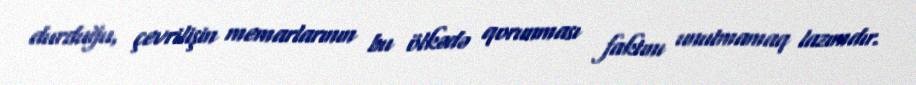
durduğu, çevrilişin memarlarının bu ölkədə qorunması faktını unutmamaq lazımdır.